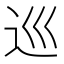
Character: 巡